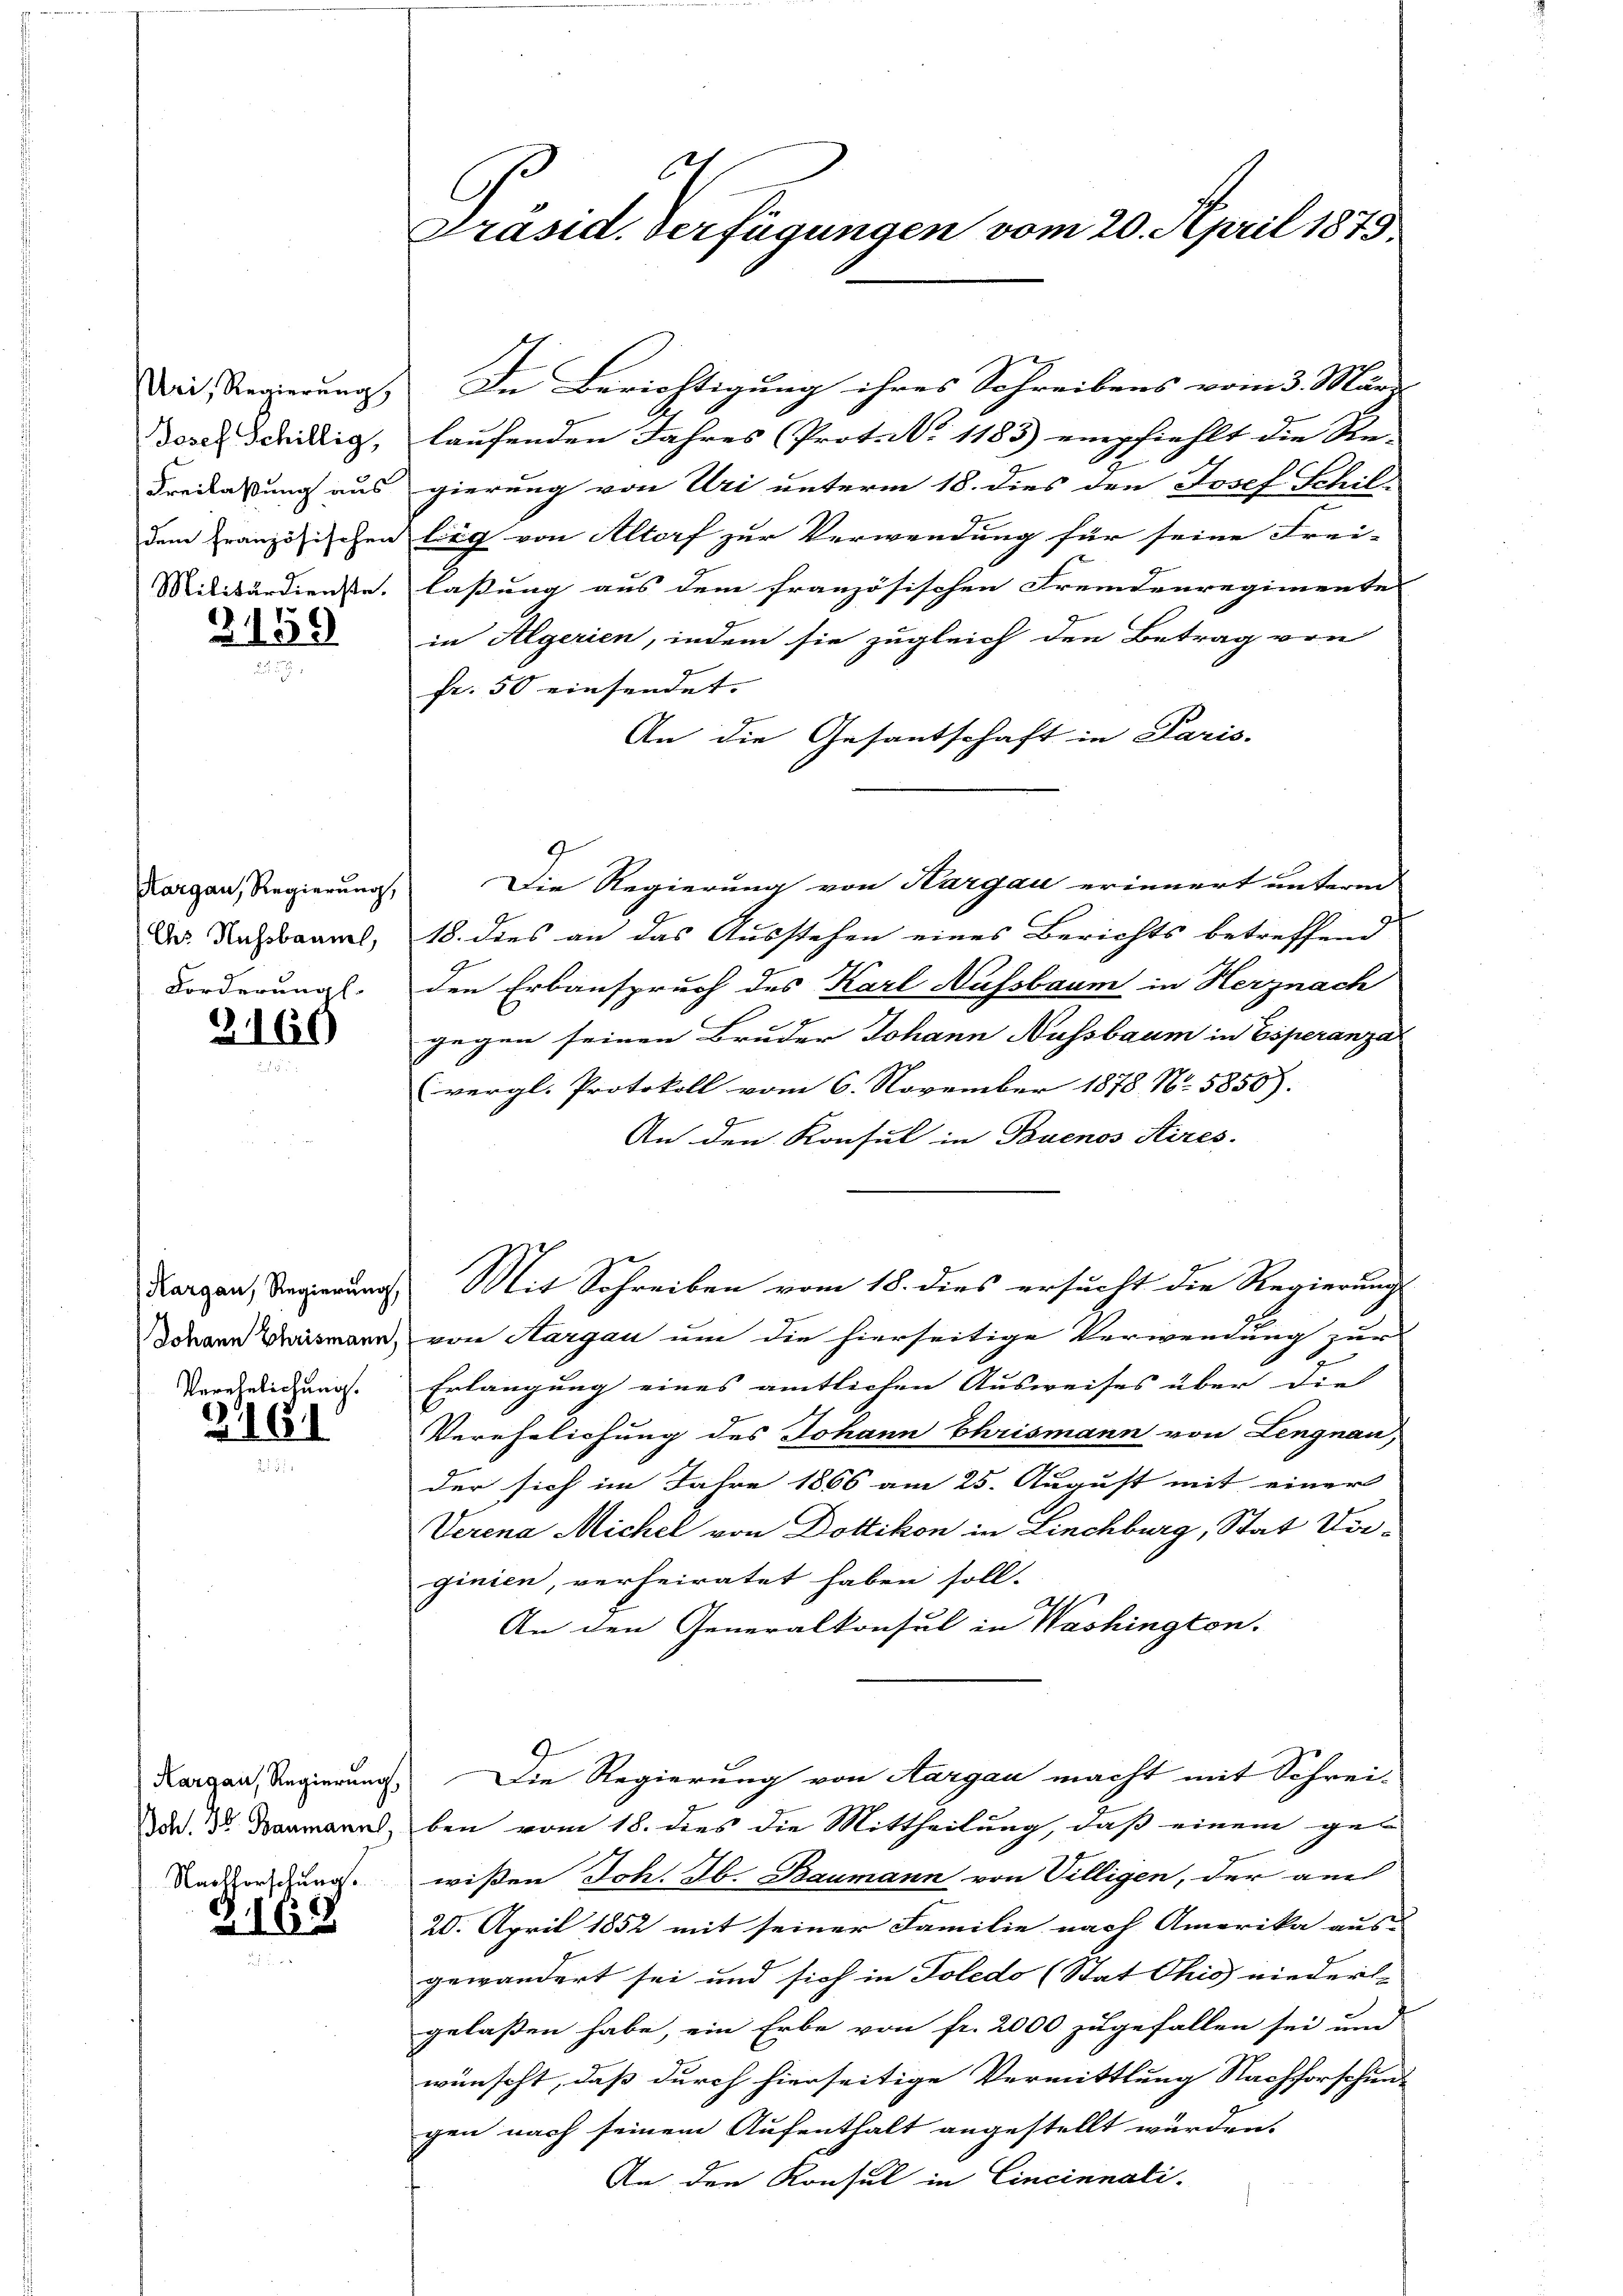
Uri, Regierung
Josef Schillig,
Freilassung aus
dem französischen
Militärdienste.

2159.

Kargau, Regierung,
Chs Nichsbaumel,
Forderung

2166

Hargau, Regierung,
Johann Chrismann,
Verehelichung.

2161

Kargau, Regierung
Johs. 36 Baumann,
Nachforschung.

162

C
C
Präsid. Verfügungen vom 20. April 1875.

In Berichtigung ihres Schreibens vom 3. März
laufenden Jahres Prot. N. 1185) empfiehlt die Re-
gierung von Uri unterm 18. dies den Josef Schil
lich von Altorf zur Verwendung für seine Frei- |
lassung aus dem französischen Fremdenregimente
in Algerien, indem sie zugleich den Betrag von
fr. 50 einsendet.
An die Gesantschaft in Paris.
2
Die Regierung von Kargau erinnert unterm
18. dies an das Ausstehen eines Berichts betreffend
den Erbanspruch des Karl Aufsbaum in Herznach
gegen seinen Bruder Johann Nussbaum in Esperanzal
vergl. Protokoll vom 6. November 1878 No. 5850).
An den Konsul in Buenos Aires.
Mit Schreiben vom 18. dies ersucht die Regierungs
von Hargau um die hierseitige Verwendung zur
Erlangung eines amtlichen Ausweises über die
Verehelichung des Johann Chrismann von Lengnau,
der sich im Jahre 1866 am 25. August mit einer
Verena Michel von Dottikon in Linchburg, Stat Verginien, verheiratet haben soll.
An den Generalkonsul in Washington.
Die Regierung von Aargau macht mit Schrei-
ben vom 18. dies die Mittheilung, daß einem gewißen Joh. Jb. Baumann von Villigen, der au
20. April 1852 mit seiner Familie nach Amerika aus-
gewändert sei und sich in Toledo (Stat Chis niederl
gelaßen habe, ein Erbe von fr. 2000 zugefallen sei und
wünscht, daß durch hierseitige Vermittlung Nachforschen-
gen nach seinem Aufenthalt angestellt wurden.
An den Konsul in Cincinnali-